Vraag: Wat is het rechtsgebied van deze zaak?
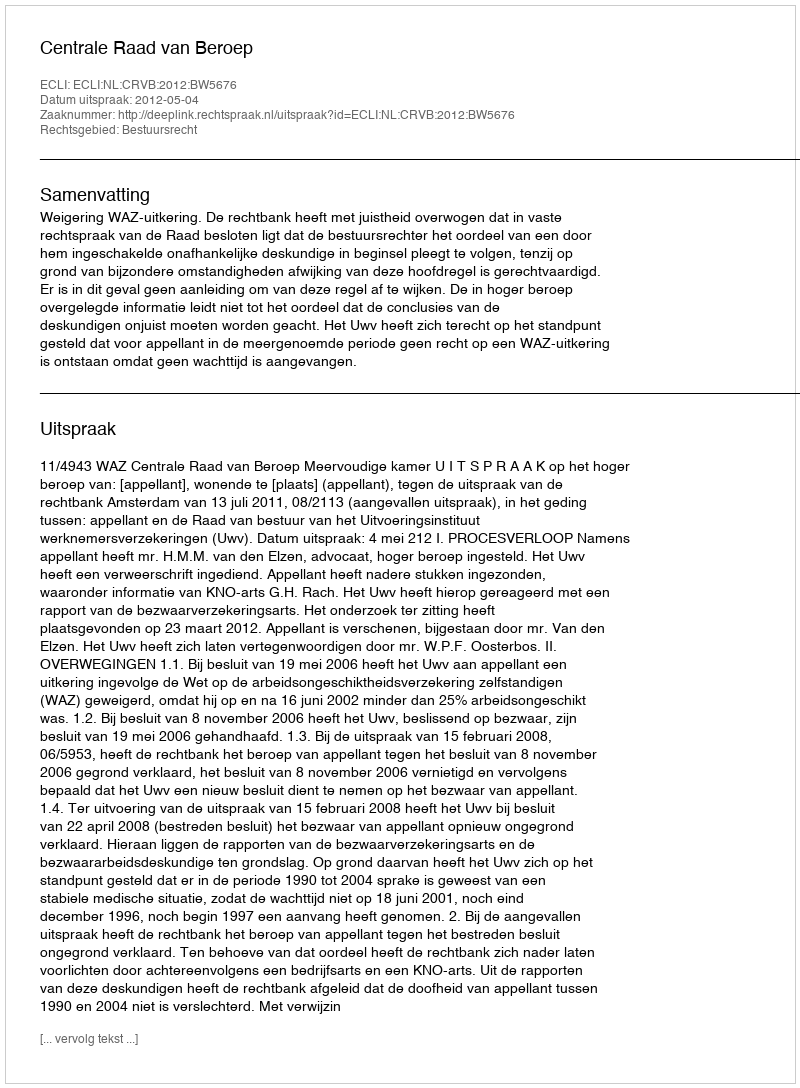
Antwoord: Bestuursrecht